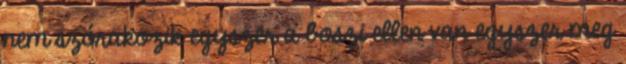
nem szórakozik egyszer a boszi ellen van egyszer meg